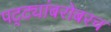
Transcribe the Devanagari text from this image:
पट्ट्यांबरोबरच